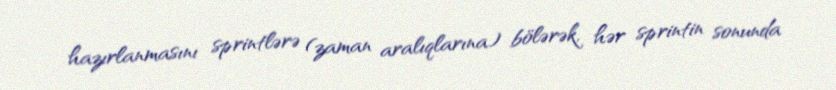
hazırlanmasını sprintlərə (zaman aralıqlarına) bölərək, hər sprintin sonunda